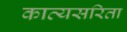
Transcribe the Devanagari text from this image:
काव्यसरिता